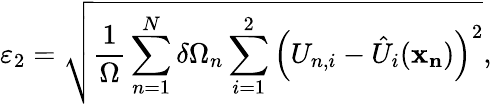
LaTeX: \varepsilon_{2}=\sqrt{\frac{1}{\Omega}\sum_{n=1}^{N}\delta\Omega_{n}\sum_{i=1}^{2}\left(U_{n,i}-\hat{U}_{i}(\mathbf{x_{n}})\right)^{2}},